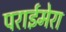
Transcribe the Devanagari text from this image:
पराईमेरा